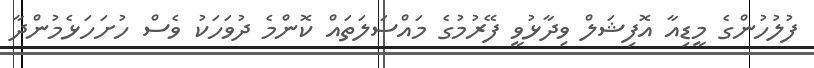
ފުލުހުންގެ މީޑިއާ އޮފިޝަލް ވިދާޅުވީ ފޭރުމުގެ މައްސަލަތައް ކޮންމެ ދުވަހަކު ވެސް ހުށަހަޅެމުންދާ